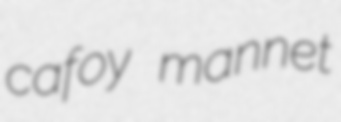
cafoy mannet